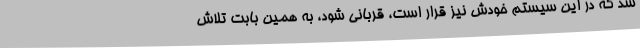
شد که در این سیستم خودش نیز قرار است، قربانی شود، به همین بابت تلاش